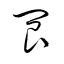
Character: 閬